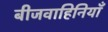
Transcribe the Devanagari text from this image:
बीजवाहिनियाँ